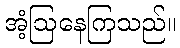
အံ့ဩနေကြသည်။